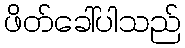
ဖိတ်ခေါ်ပါသည်